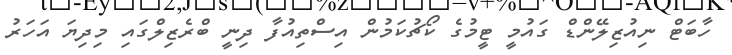
ހާބަޓް ނިއުޒިލޭންޑް ގައުމީ ޓީމުގެ ކޯޗުކަމުން އިސްތިއުފާ ދިނީ ބްރެޒިލްގައި މިދިޔަ އަހަރު